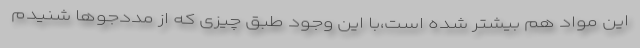
این مواد هم بیشتر شده است،با این وجود طبق چیزی که از مددجوها شنیدم